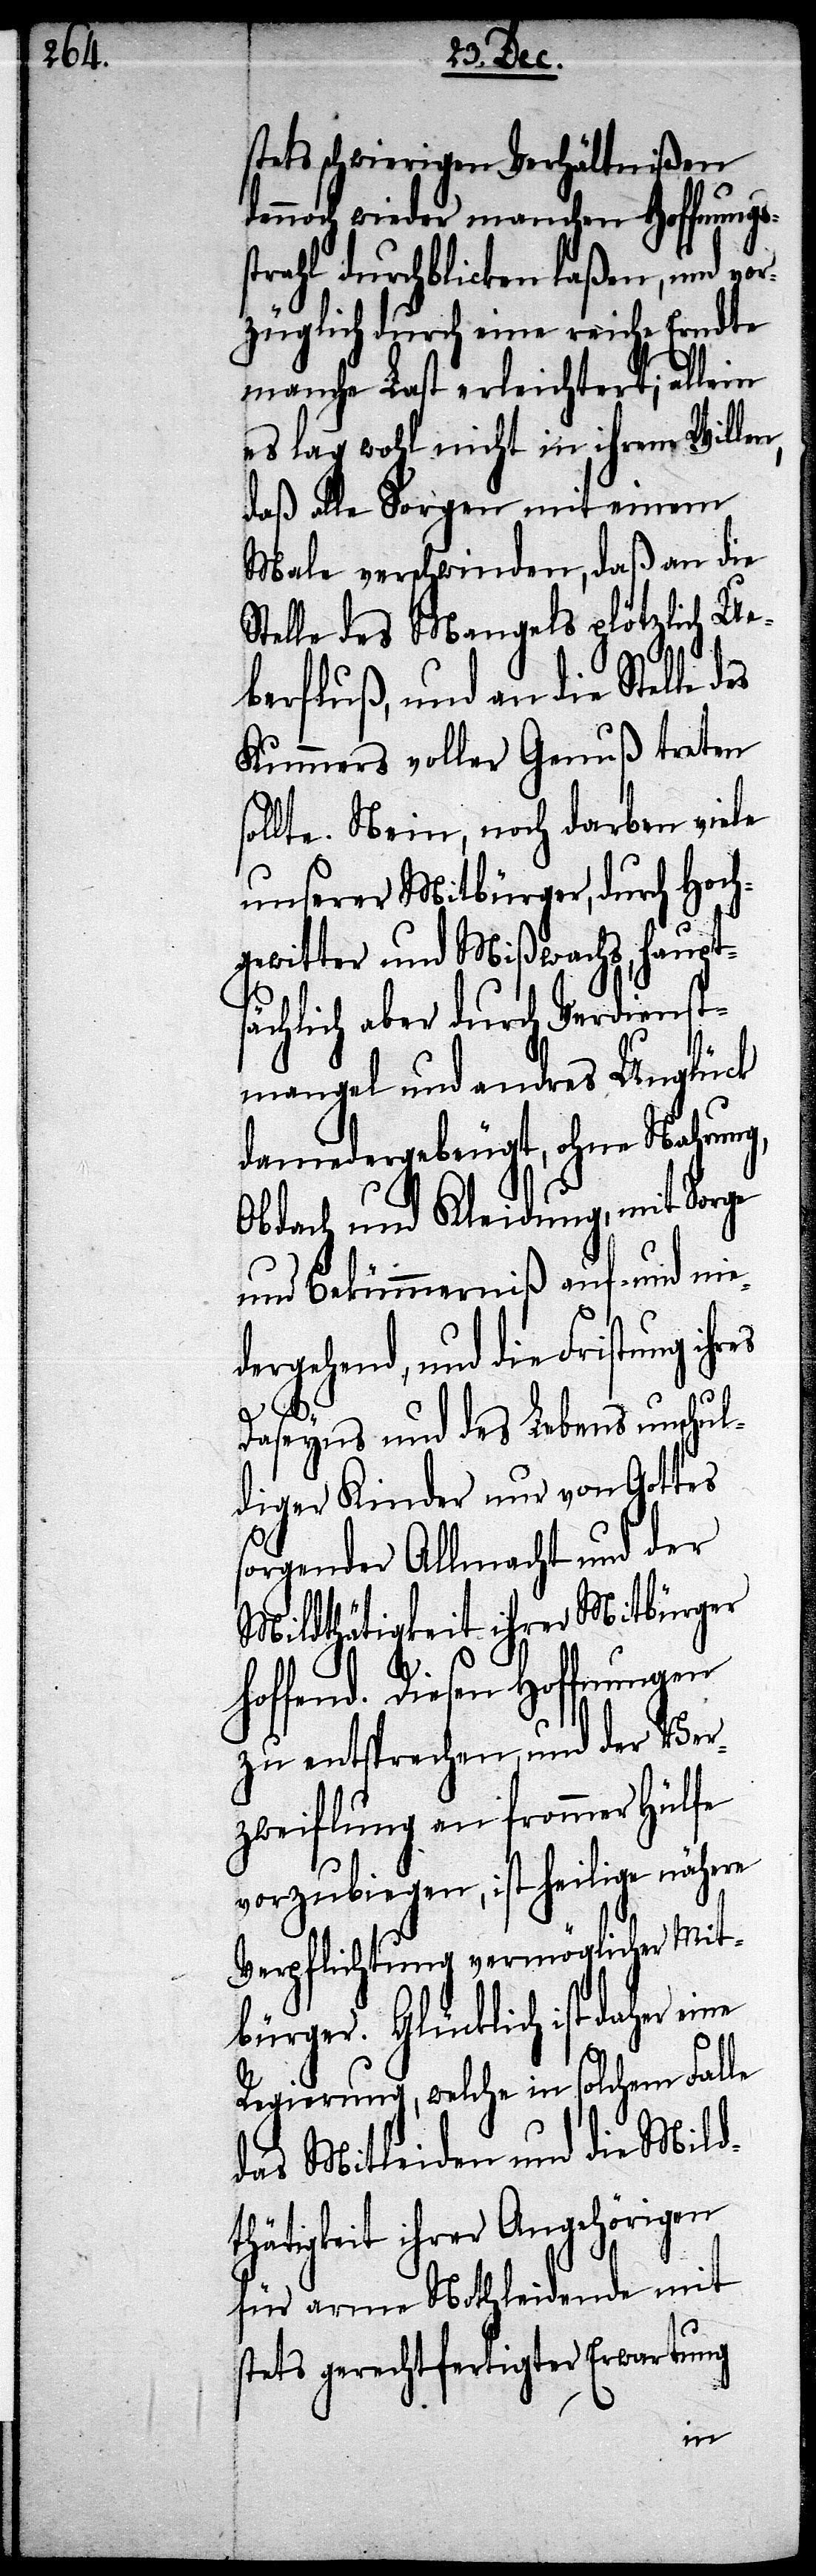
stets schwierigen Verhältnißen
dennoch wieder manchen Hoffnungs¬
strahl durchblicken laßen, und vor¬
züglich durch eine reiche Erndte
manche Last erleichtert; allein
es lag wohl nicht in ihrem Willen,
daß die Sorgen mit einem
Male verschwinden, daß an die
Stelle des Mangels plötzlich Ue¬
berfluß, und an die Stelle
Kummers volle Genuß treten
sollte. Nein, noch darben viele
unserer Mitbürger, durch Hoch¬
gewitter und Mißwachs, haupts¬
ächlich aber durch Verdienst¬
mangel und andres Unglück
daniedergebeugt, ohne Nahrung,
Obdach und Kleidung, mit Sorge
und Bekümmerniß auf- und nie¬
ergehend, und die Fristung ih¬
Daseyns und des Lebens unschul¬
diger Kinder und von Gottes
sorgender Allmacht und der
Mildthätigkeit ihrer Mitbürger
hoffend. Diesen Hoffnungen
zu entsprechen, und der Ver¬
zweiflung an frommer Hülfe
vorzubiegen, ist heilige nähere
Verpflichtung vermöglicher Mit¬
bürger. Glücklich ist daher
Regierung, welche in solchem Falle
das Mitleiden und die Mild¬
thätigkeit ihrer Angehörigen
für arme Nothleidende mit
stets gerechtfertigter Erwartung
eine